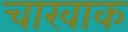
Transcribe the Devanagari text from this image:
चारवाक